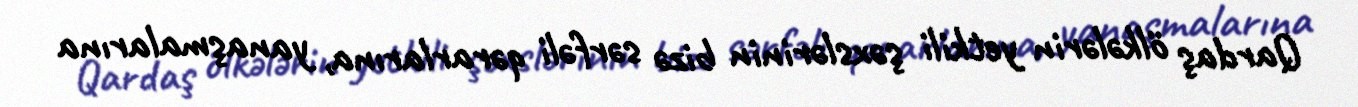
Qardaş ölkələrin yetkili şəxslərinin bizə sərfəli qərarlarına, yanaşmalarına